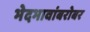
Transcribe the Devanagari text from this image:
भेदभावांबरोबर